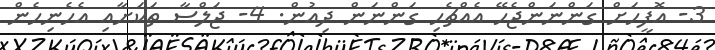
3- އޮފީހަށް ގަންނަންޖެހޭ އެއްޗެހި ގަންނަން ދިއުން. 4- ޖަލްސާ ތަކަށާއި އެހެނިހެން